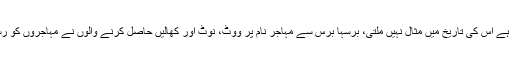
آج مہاجر جس قدر ذہنی اذیت کا شکار ہے اس کی تاریخ میں مثال نہیں ملتی، برسہا برس سے مہاجر نام پر ووٹ، نوٹ اور کھالیں حاصل کرنے والوں نے مہاجروں کو رسوا، ذلت اور پسپائی کے کچھ نہیں دیا۔